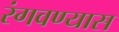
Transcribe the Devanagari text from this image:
रंगवण्यास